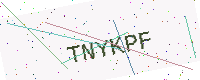
Text: TNYKPF